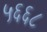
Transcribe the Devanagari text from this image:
५६६८